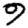
Digit: 9